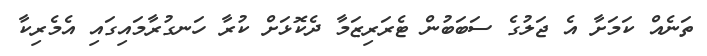
ތަނެއް ކަމަށާ އެ ޖަލުގެ ސަބަބުން ޓެރަރިޒަމާ ދެކޮޅަށް ކުރާ ހަނގުރާމައިގައި އެމެރިކާ